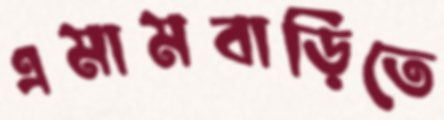
এমামবাড়িতে